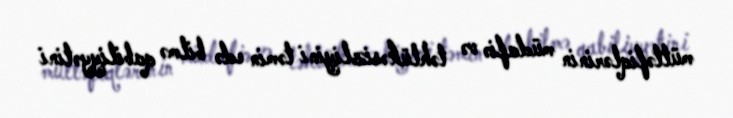
müttəfiqlərinin müdafiə və təhlükəsizliyini təmin edə bilmə qabiliyyətini